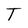
Character: T